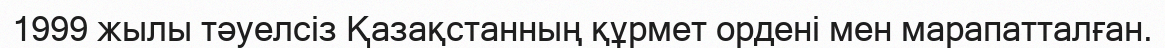
1999 жылы тәуелсіз Қазақстанның құрмет ордені мен марапатталған.